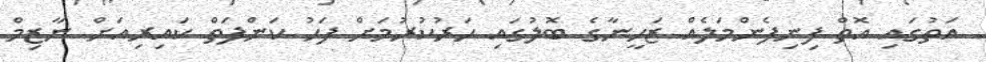
އަތުގައި އޮތް ފިނިފެންމަލެއް ޒަހީނާގެ ބޮލުގައި ހަރުކުރުމަށް ފަހު ކަންފަތް ކައިރިއަށް ނާޒިމް